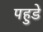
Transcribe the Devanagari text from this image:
पहुडे